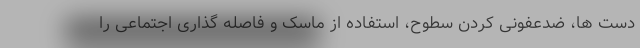
دست ها، ضدعفونی کردن سطوح، استفاده از ماسک و فاصله گذاری اجتماعی را